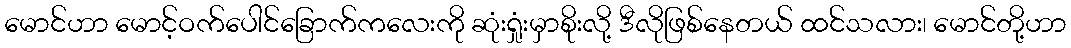
မောင်ဟာ မောင့်ဝက်ပေါင်ခြောက်ကလေးကို ဆုံးရှုံးမှာစိုးလို့ ဒီလိုဖြစ်နေတယ် ထင်သလား၊ မောင်တို့ဟာ